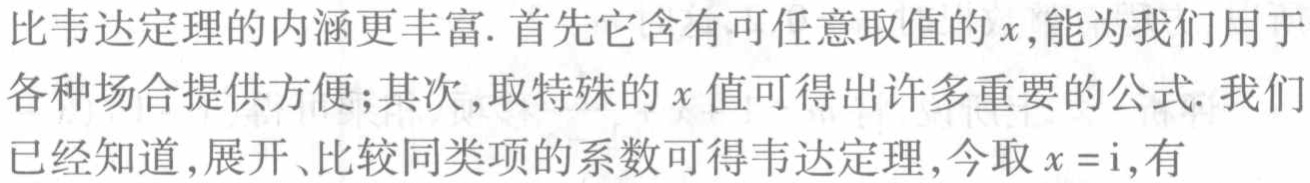
比韦达定理的内涵更丰富. 首先它含有可任意取值的\(x\),能为我们用于各种场合提供方便;其次,取特殊的\(x\)值可得出许多重要的公式. 我们已经知道,展开、比较同类项的系数可得韦达定理,今取\(x = \mathrm{i}\),有